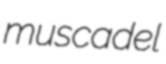
muscadel